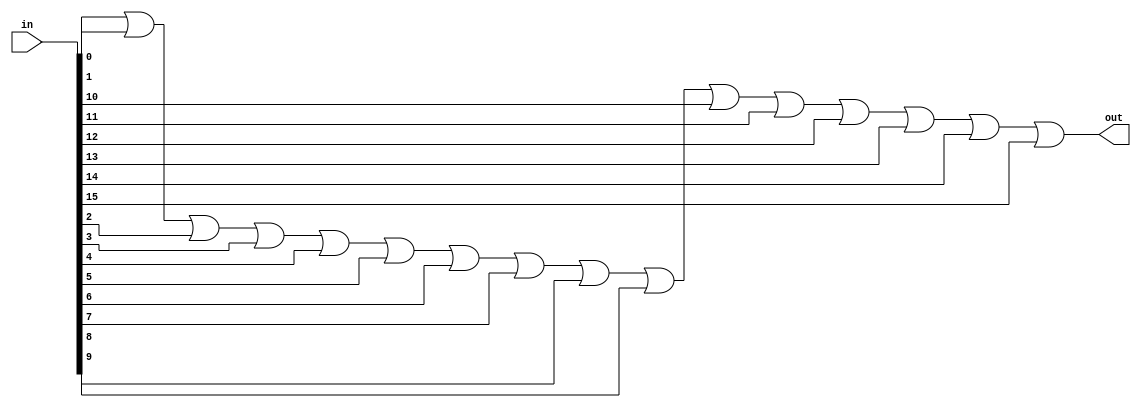
module or16(in, out);
    input [15:0] in;
    output out;
    assign out = in[0] | in[1] |in[2] |in[3] |in[4] |in[5] |in[6] |in[7] |in[8] |in[9] |in[10] |in[11] |in[12] |in[13] |in[14] |in[15];
endmodule